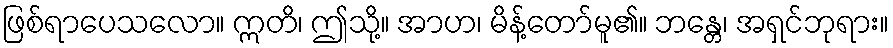
ဖြစ်ရာပေသလော။ ဣတိ၊ ဤသို့။ အာဟ၊ မိန့်တော်မူ၏။ ဘန္တေ၊ အရှင်ဘုရား။